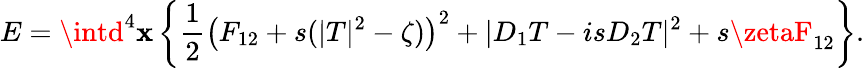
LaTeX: E=\intd^{4}\mathbf{x}\left\{ \frac{1}{2}\left(F_{12}+s(|T|^{2}-\zeta)\right)^{2}+|D_{1}T-isD_{2}T|^{2}+s\zetaF_{12}\right\} .